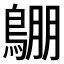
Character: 𪂙